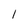
Character: 1